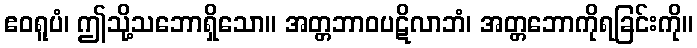
ဧဝရူပံ၊ ဤသို့သဘောရှိသော။ အတ္တဘာဝပဋိလာဘံ၊ အတ္တဘောကိုရခြင်းကို။